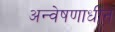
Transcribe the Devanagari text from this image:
अन्वेषणाधीन